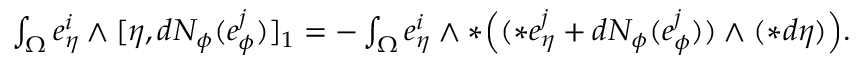
\begin{array} { r } { \int _ { \Omega } e _ { \eta } ^ { i } \wedge [ \eta , d N _ { \phi } ( e _ { \phi } ^ { j } ) ] _ { 1 } = - \int _ { \Omega } e _ { \eta } ^ { i } \wedge \ast \Big ( ( \ast e _ { \eta } ^ { j } + d N _ { \phi } ( e _ { \phi } ^ { j } ) ) \wedge ( \ast d \eta ) \Big ) . } \end{array}